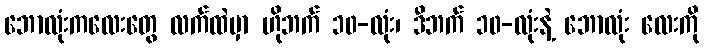
ဘောလုံးကလေးတွေ လက်ထဲမှာ ဟိုဘက် ၁၀-လုံး၊ ဒီဘက် ၁၀-လုံးနဲ့ ဘောလုံး လေးကို